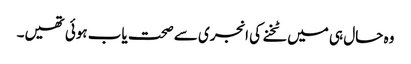
وہ حال ہی میں ٹخنے کی انجری سے صحت یاب ہوئی تھیں۔